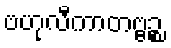
ဗဟုလီကာတဗ္ဗဉ္စ